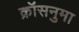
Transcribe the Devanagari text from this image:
क्रॉसनुमा